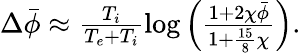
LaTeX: \begin{array}{r}{\Delta\bar{\phi}\approx\frac{T_{i}}{T_{e}+T_{i}}\log\left(\frac{1+2\chi\bar{\phi}}{1+\frac{15}{8}\chi}\right).}\end{array}